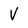
Character: V